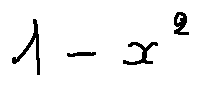
1 - x ^ { 2 }